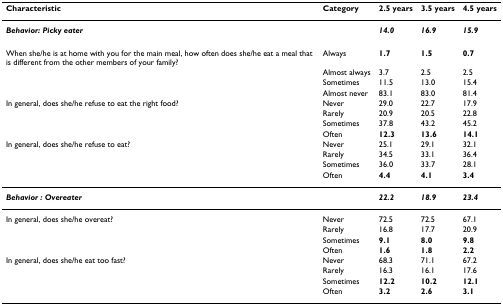
| Characteristic | Category | 2.5 years | 3.5 years | 4.5 years |
 | --- | --- | --- | --- | --- |
 | Behavior: Picky eater |  | 14.0 | 16.9 | 15.9 |
 | When she/he is at home with you for the main meal, how often does she/he eat a meal that is different from the other members of your family? | Always | 1.7 | 1.5 | 0.7 |
 |  | Almost always | 3.7 | 2.5 | 2.5 |
 |  | Sometimes | 11.5 | 13.0 | 15.4 |
 |  | Almost never | 83.1 | 83.0 | 81.4 |
 | In general, does she/he refuse to eat the right food? | Never | 29.0 | 22.7 | 17.9 |
 |  | Rarely | 20.9 | 20.5 | 22.8 |
 |  | Sometimes | 37.8 | 43.2 | 45.2 |
 |  | Often | 12.3 | 13.6 | 14.1 |
 | In general, does she/he refuse to eat? | Never | 25.1 | 29.1 | 32.1 |
 |  | Rarely | 34.5 | 33.1 | 36.4 |
 |  | Sometimes | 36.0 | 33.7 | 28.1 |
 |  | Often | 4.4 | 4.1 | 3.4 |
 | Behavior : Overeater |  | 22.2 | 18.9 | 23.4 |
 | In general, does she/he overeat? | Never | 72.5 | 72.5 | 67.1 |
 |  | Rarely | 16.8 | 17.7 | 20.9 |
 |  | Sometimes | 9.1 | 8.0 | 9.8 |
 |  | Often | 1.6 | 1.8 | 2.2 |
 | In general, does she/he eat too fast? | Never | 68.3 | 71.1 | 67.2 |
 |  | Rarely | 16.3 | 16.1 | 17.6 |
 |  | Sometimes | 12.2 | 10.2 | 12.1 |
 |  | Often | 3.2 | 2.6 | 3.1 |